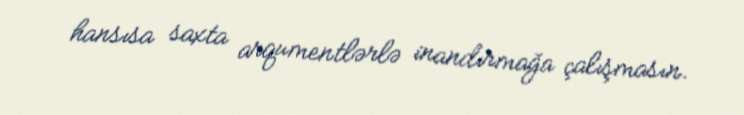
hansısa saxta arqumentlərlə inandırmağa çalışmasın.